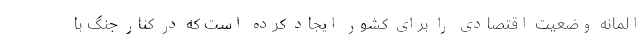
المانه وضعیت اقتصادی را برای کشور ایجاد کرده است که در کنار جنگ با